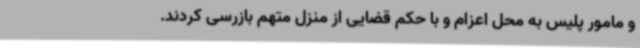
و مامور پلیس به محل اعزام و با حکم قضایی از منزل متهم بازرسی کردند.